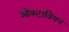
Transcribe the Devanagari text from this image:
ओक्टावियन